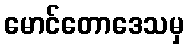
မောင်တောဒေသမှ